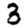
Digit: 3